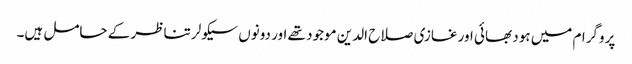
پروگرام میں ہود بھائی اور غازی صلاح الدین موجود تھے اور دونوں سیکولر تناظر کے حامل ہیں۔